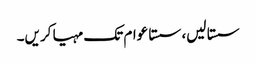
سستا لیں، سستا عوام تک مہیا کریں۔